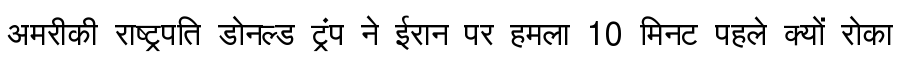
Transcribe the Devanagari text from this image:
अमरीकी राष्ट्रपति डोनल्ड ट्रंप ने ईरान पर हमला 10 मिनट पहले क्यों रोका